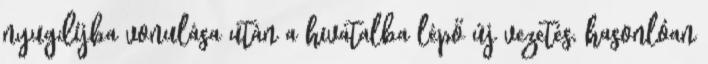
nyugdíjba vonulása után a hivatalba lépő új vezetés, hasonlóan